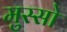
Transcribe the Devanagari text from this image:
मुस्सो